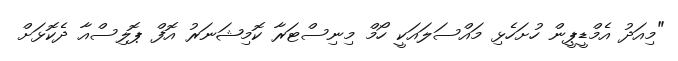
"މިއަދު އެމްޑީޕީން ހުށަހެޅި މައްސަލައަކީ ހޯމް މިނިސްޓަރާ ކޮމިޝަނަރު އޮފް ޕޮލިސްއާ ދެކޮޅަށް